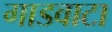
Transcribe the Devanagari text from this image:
गाडवाटा